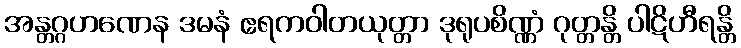
အန္တဂ္ဂဟဏေန ဒမနံ ဧရကဝါတယုတ္တာ ဒုရုပစိဏ္ဏံ ဂုတ္တန္တိ ပါဋိဟီရန္တိ